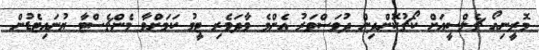
މޮރީނިއޯ ޗެލްސީއަށް ކޯޗުކޮށްދިން ދުވަސްވަރު އެންމެ ވާދަވެރި ޓީމު ކަމަށްވާ މެންޗެސްޓާ ޔުނައިޓެޑުން